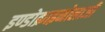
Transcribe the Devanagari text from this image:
इण्डोक्राइनोलाजी